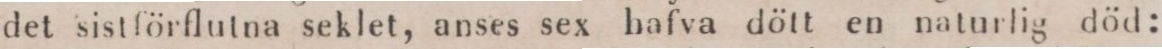
det sistförflutna seklet, anses sex hafva dött en naturlig död: